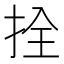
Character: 拴